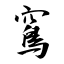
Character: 窵